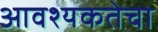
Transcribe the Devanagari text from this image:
आवश्‍यकतेचा